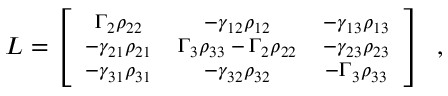
\footnotesize { \cal { L } } = \left[ \begin{array} { c c c c } { \Gamma _ { 2 } \rho _ { 2 2 } } & { - \gamma _ { 1 2 } \rho _ { 1 2 } } & { - \gamma _ { 1 3 } \rho _ { 1 3 } } \\ { - \gamma _ { 2 1 } \rho _ { 2 1 } } & { \Gamma _ { 3 } \rho _ { 3 3 } - \Gamma _ { 2 } \rho _ { 2 2 } } & { - \gamma _ { 2 3 } \rho _ { 2 3 } } \\ { - \gamma _ { 3 1 } \rho _ { 3 1 } } & { - \gamma _ { 3 2 } \rho _ { 3 2 } } & { - \Gamma _ { 3 } \rho _ { 3 3 } } \end{array} \right] \, \, \, ,